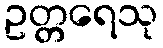
ဥတ္တရေသု